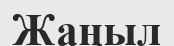
Жаңыл